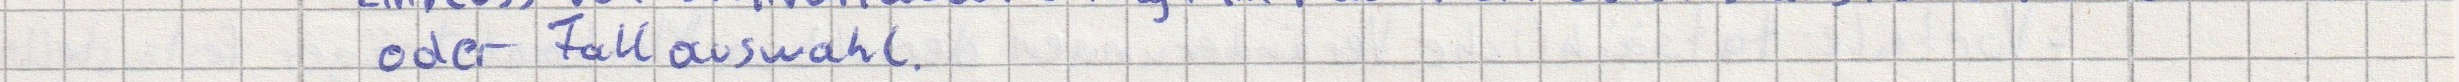
oder Fallauswahl.